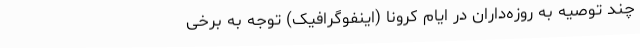
چند توصیه به روزه‌داران در ایام کرونا (اینفوگرافیک) توجه به برخی